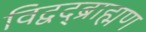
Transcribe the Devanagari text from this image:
विद्वद्ब्राह्मण